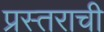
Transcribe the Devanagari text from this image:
प्रस्तराची